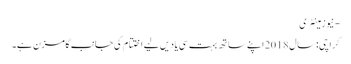
- نیوزمینٹری
کراچی: سال 2018 اپنے ساتھ بہت سی یادیں لیے اختتام کی جانب گامزن ہے۔